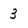
Character: 3